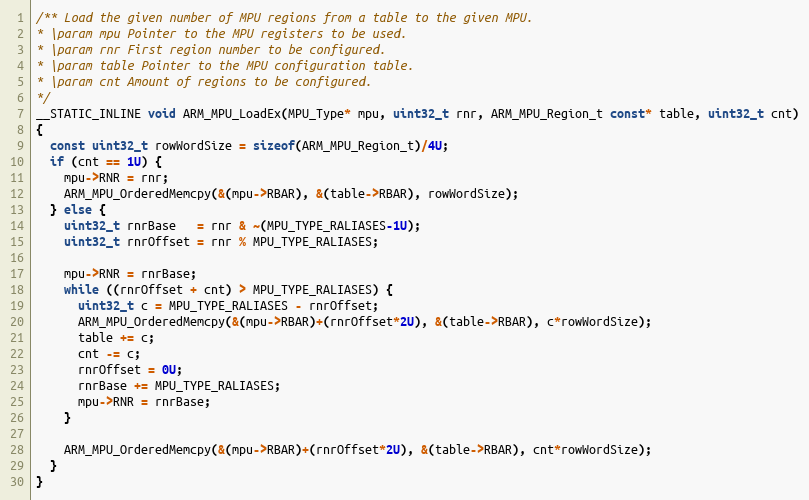
Language: C
/** Load the given number of MPU regions from a table to the given MPU.
* \param mpu Pointer to the MPU registers to be used.
* \param rnr First region number to be configured.
* \param table Pointer to the MPU configuration table.
* \param cnt Amount of regions to be configured.
*/
__STATIC_INLINE void ARM_MPU_LoadEx(MPU_Type* mpu, uint32_t rnr, ARM_MPU_Region_t const* table, uint32_t cnt)
{
  const uint32_t rowWordSize = sizeof(ARM_MPU_Region_t)/4U;
  if (cnt == 1U) {
    mpu->RNR = rnr;
    ARM_MPU_OrderedMemcpy(&(mpu->RBAR), &(table->RBAR), rowWordSize);
  } else {
    uint32_t rnrBase   = rnr & ~(MPU_TYPE_RALIASES-1U);
    uint32_t rnrOffset = rnr % MPU_TYPE_RALIASES;

    mpu->RNR = rnrBase;
    while ((rnrOffset + cnt) > MPU_TYPE_RALIASES) {
      uint32_t c = MPU_TYPE_RALIASES - rnrOffset;
      ARM_MPU_OrderedMemcpy(&(mpu->RBAR)+(rnrOffset*2U), &(table->RBAR), c*rowWordSize);
      table += c;
      cnt -= c;
      rnrOffset = 0U;
      rnrBase += MPU_TYPE_RALIASES;
      mpu->RNR = rnrBase;
    }

    ARM_MPU_OrderedMemcpy(&(mpu->RBAR)+(rnrOffset*2U), &(table->RBAR), cnt*rowWordSize);
  }
}